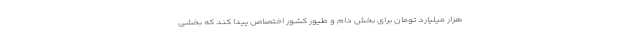
هزار میلیارد تومان برای بخش دام و طیور کشور اختصاص پیدا کند که بخشی